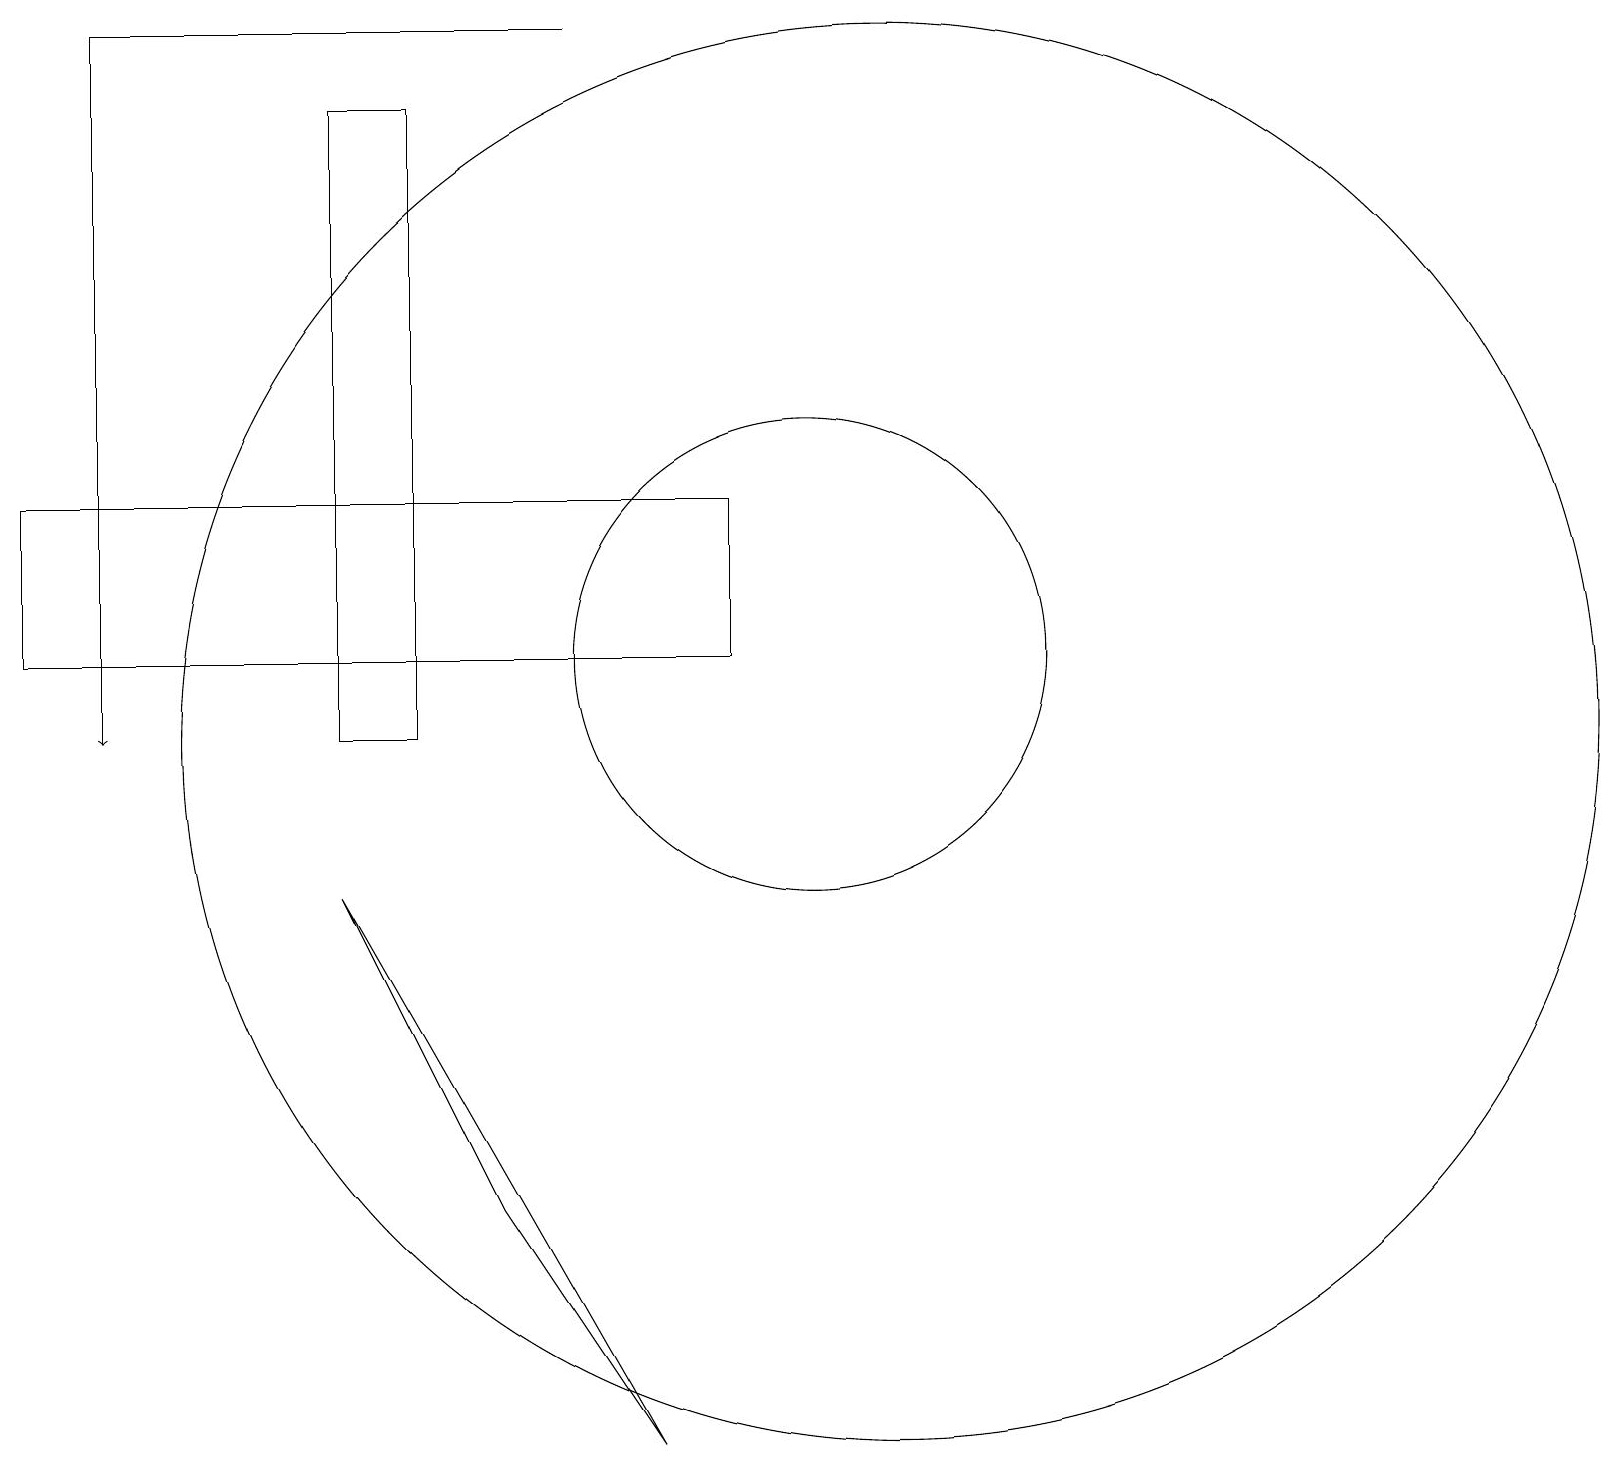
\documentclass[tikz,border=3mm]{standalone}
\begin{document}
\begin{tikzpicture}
\draw[->] (1,19) -- (1,10);
\draw (1,19) rectangle (7,19);
\draw (8,1) -- (4,8) -- (6,4) -- cycle;
\draw (10,11) circle (3);
\draw (11,10) circle (9);
\draw (9,13) rectangle (0,11);
\draw (4,10) rectangle (5,18);
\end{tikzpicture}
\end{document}